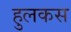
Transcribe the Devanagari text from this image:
हुलकस